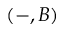
( - , B )